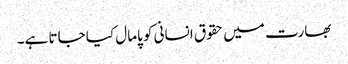
بھارت میں حقوق انسانی کو پامال کیا جاتا ہے۔